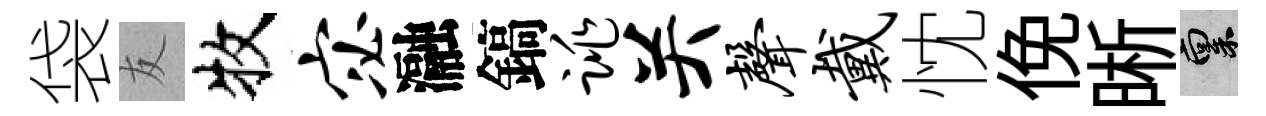
袋友牧宓瀜鎬跳关声戴忱俛晰禀